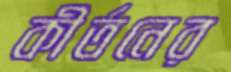
কীর্তনের